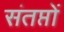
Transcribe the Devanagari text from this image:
संतप्तों